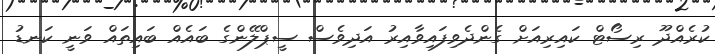
ކުރެއްދޫ ރިސޯޓް ކައިރިއަށް ގެންދެވިފައިވާއިރު އަދިވެސް ސީޕްލޭންގެ ބައެއް ބައިތައް ވަނީ ކަނޑު